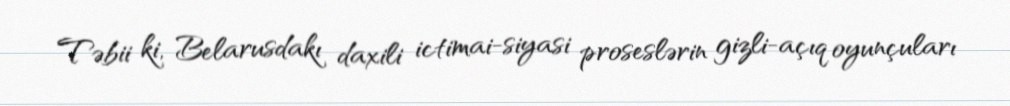
Təbii ki, Belarusdakı daxili ictimai-siyasi proseslərin gizli-açıq oyunçuları